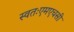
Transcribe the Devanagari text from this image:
स्वतःएमएचसी